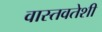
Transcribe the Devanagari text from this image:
वास्तवतेशी